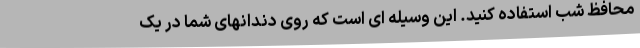
محافظ شب استفاده کنید. این وسیله ای است که روی دندانهای شما در یک